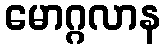
မောဂ္ဂလာန